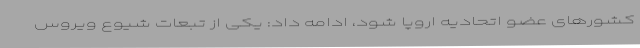
کشورهای عضو اتحادیه اروپا شود، ادامه داد: یکی از تبعات شیوع ویروس